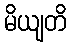
မိယျတိ